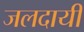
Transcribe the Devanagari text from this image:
जलदायी